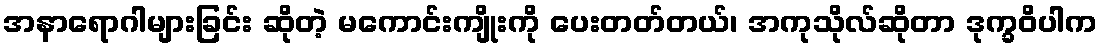
အနာရောဂါများခြင်း ဆိုတဲ့ မကောင်းကျိုးကို ပေးတတ်တယ်၊ အကုသိုလ်ဆိုတာ ဒုက္ခဝိပါက